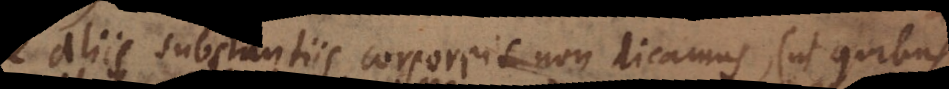
aliis substantiis corporeis non dicamus extra